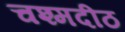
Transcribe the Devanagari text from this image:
चश्मदीठ